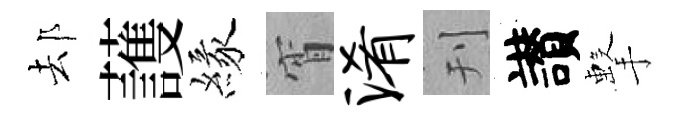
𨚫䕶緣宵淆刊讃擊